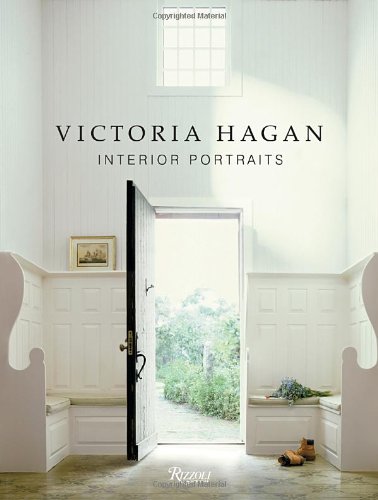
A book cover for Victoria Hagan: Interior Portraits; Victoria Hagan; Arts & Photography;